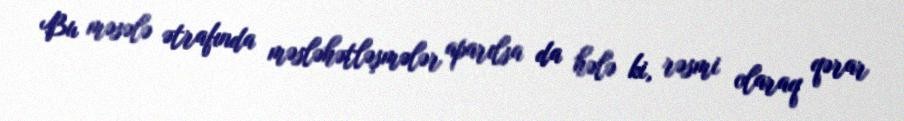
Bu məsələ ətrafında məsləhətləşmələr aparılsa da hələ ki, rəsmi olaraq qərar